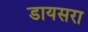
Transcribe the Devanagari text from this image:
डायसरा